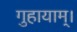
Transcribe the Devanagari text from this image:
गुहायाम्।